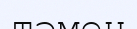
тәмен